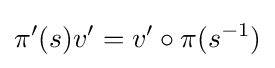
\pi '(s)v'=v'\circ \pi (s^{-1})